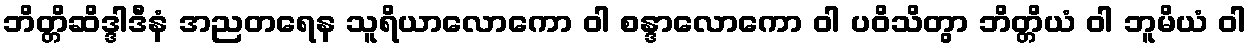
ဘိတ္တိဆိဒ္ဒါဒီနံ အညတရေန သူရိယာလောကော ဝါ စန္ဒာလောကော ဝါ ပဝိသိတွာ ဘိတ္တိယံ ဝါ ဘူမိယံ ဝါ